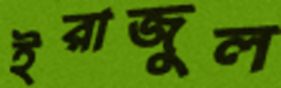
ইরাজুল